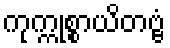
ကုက္ကုစ္စာယိတဗ္ဗံ